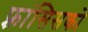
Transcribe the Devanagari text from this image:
फ़्रांसिसको